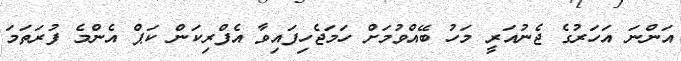
އަންނަ އަހަރުގެ ޖެނުއަރީ މަހު ބޭއްވުމަށް ހަމަޖެހިފައިވާ އެފްރިކަން ކަޕް އެންމެ ފުރަތަމަ